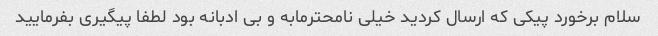
سلام برخورد پیکی که ارسال کردید خیلی نامحترمابه و بی ادبانه بود لطفا پیگیری بفرمایید